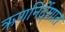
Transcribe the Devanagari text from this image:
ऋणनिर्देशात